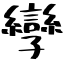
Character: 孿